Vaccine operations Central Provinces 1868-1885 - 1868-1885
Year: 1868
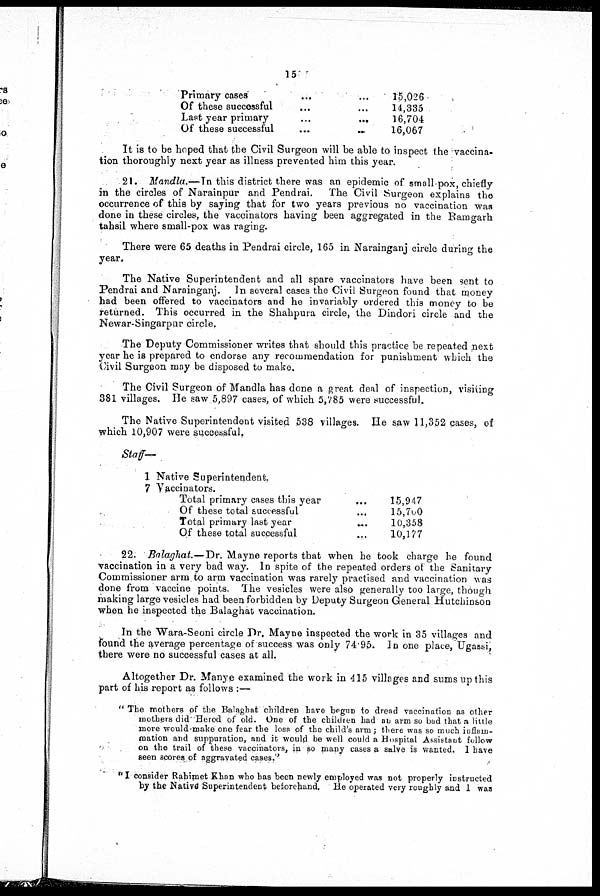
15
Primary cases... ... ...
Of these successful... ...
Last year
primary...
...
Of these
successful...
...
...
15,026
14,335
16,704
16,067
It is to be hoped that the Civil Surgeon will be able to inspect the vaccina-
tion thoroughly next year as illness prevented him this year.
21. Mandla.—In this district there was an epidemic of small-pox, chiefly
in the circles of Narainpur and Pendrai. The Civil Surgeon explains the
occurrence of this by saying that for two years previous no vaccination was
done in these circles, the vaccinators having been aggregated in the Ramgarh
tahsil where small-pox was raging.
There were 65 deaths in Pendrai circle, 165 in Narainganj circle during the
year.
The Native Superintendent and all spare vaccinators have been sent to
Pendrai and Narainganj. In several cases the Civil Surgeon found that money
had been offered to vaccinators and he invariably ordered this money to be
returned. This occurred in the Shahpura circle, the Dindori circle and the
Newar-Singarpur circle.
The Deputy Commissioner writes that should this practice be repeated next
year he is prepared to endorse any recommendation for punishment which the
Civil Surgeon may be disposed to make.
The Civil Surgeon of Mandla has done a great deal of inspection, visiting
381 villages. He saw 5,897 cases, of which 5,785 were successful.
The Native Superintendent visited 538 villages. He saw 11,352 cases, of
which 10,907 were successful.
Staff-
1 Native Superintendent.
7 Vaccinators.
Total primary cases this year... ... ...
Of these total successful... ... ...
Total primary last year...
...
...
Of these total successful... ... ...
15,947
15,700
10,358
10,177
22. Balaghat.—Dr. Mayne reports that when he took charge he found
vaccination in a very bad way. In spite of the repeated orders of the Sanitary
Commissioner arm to arm vaccination was rarely practised and vaccination was
done from vaccine points. The vesicles were also generally too large, though
making large vesicles had been forbidden by Deputy Surgeon General Hutchinson
when he inspected the Balaghat vaccination.
In the Wara-Seoni circle Dr. Mayne inspected the work in 35 villages and
found the average percentage of success was only 74.95. In one place, Ugassi,
there were no successful cases at all.
Altogether Dr. Manye examined the work in 415 villages and sums up this
part of his report as follows :—
" The mothers of the Balaghat children have begun to dread vaccination as other
mothers did' Herod of old. One of the children had an arm so bad that a little
more would make one fear the loss of the child's arm; there was so much inflam-
mation and suppuration, and it would be well could a Hospital Assistant follow
on the trail of these vaccinators, in so many cases a salve is wanted. 1 have
seen scores of aggravated cases."
"I consider Rahimet Khan who has been newly employed was not properly instructed
by the Native Superintendent beforehand.
He operated very roughly and I1 was